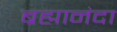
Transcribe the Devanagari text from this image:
ब्रह्मानंदा